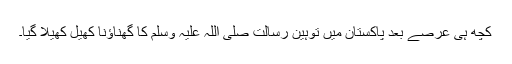
کچھ ہی عرصے بعد پاکستان میں توہین رسالت صلی اللہ علیہ وسلم کا گھناؤنا کھیل کھیلا گیا۔